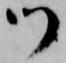
御